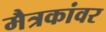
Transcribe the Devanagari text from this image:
मैत्रकांवर